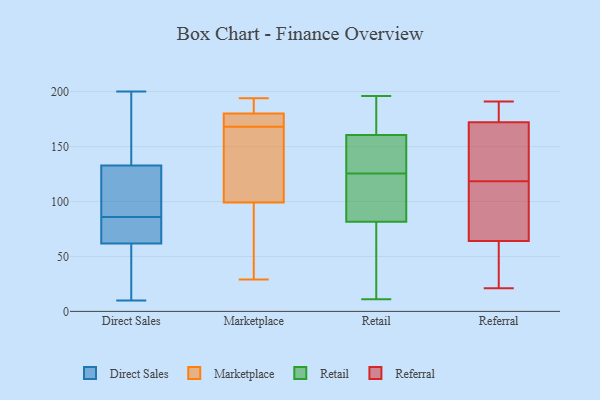
{"axis": {"x": "Shipments", "y": "Value"}, "legend": ["Direct Sales", "Marketplace", "Referral", "Retail"], "data": [{"x": "", "y": 17, "type": "Direct Sales"}, {"x": "", "y": 10, "type": "Direct Sales"}, {"x": "", "y": 76, "type": "Direct Sales"}, {"x": "", "y": 94, "type": "Direct Sales"}, {"x": "", "y": 200, "type": "Direct Sales"}, {"x": "", "y": 153, "type": "Direct Sales"}, {"x": "", "y": 123, "type": "Direct Sales"}, {"x": "", "y": 101, "type": "Direct Sales"}, {"x": "", "y": 83, "type": "Direct Sales"}, {"x": "", "y": 196, "type": "Direct Sales"}, {"x": "", "y": 57, "type": "Direct Sales"}, {"x": "", "y": 64, "type": "Direct Sales"}, {"x": "", "y": 73, "type": "Direct Sales"}, {"x": "", "y": 136, "type": "Direct Sales"}, {"x": "", "y": 61, "type": "Direct Sales"}, {"x": "", "y": 54, "type": "Direct Sales"}, {"x": "", "y": 86, "type": "Direct Sales"}, {"x": "", "y": 181, "type": "Direct Sales"}, {"x": "", "y": 105, "type": "Direct Sales"}, {"x": "", "y": 171, "type": "Marketplace"}, {"x": "", "y": 191, "type": "Marketplace"}, {"x": "", "y": 172, "type": "Marketplace"}, {"x": "", "y": 32, "type": "Marketplace"}, {"x": "", "y": 180, "type": "Marketplace"}, {"x": "", "y": 99, "type": "Marketplace"}, {"x": "", "y": 165, "type": "Marketplace"}, {"x": "", "y": 174, "type": "Marketplace"}, {"x": "", "y": 190, "type": "Marketplace"}, {"x": "", "y": 194, "type": "Marketplace"}, {"x": "", "y": 100, "type": "Marketplace"}, {"x": "", "y": 43, "type": "Marketplace"}, {"x": "", "y": 124, "type": "Marketplace"}, {"x": "", "y": 29, "type": "Marketplace"}, {"x": "", "y": 125, "type": "Retail"}, {"x": "", "y": 167, "type": "Retail"}, {"x": "", "y": 126, "type": "Retail"}, {"x": "", "y": 30, "type": "Retail"}, {"x": "", "y": 159, "type": "Retail"}, {"x": "", "y": 172, "type": "Retail"}, {"x": "", "y": 126, "type": "Retail"}, {"x": "", "y": 11, "type": "Retail"}, {"x": "", "y": 196, "type": "Retail"}, {"x": "", "y": 162, "type": "Retail"}, {"x": "", "y": 72, "type": "Retail"}, {"x": "", "y": 113, "type": "Retail"}, {"x": "", "y": 195, "type": "Retail"}, {"x": "", "y": 56, "type": "Retail"}, {"x": "", "y": 95, "type": "Retail"}, {"x": "", "y": 131, "type": "Retail"}, {"x": "", "y": 148, "type": "Retail"}, {"x": "", "y": 124, "type": "Retail"}, {"x": "", "y": 91, "type": "Retail"}, {"x": "", "y": 17, "type": "Retail"}, {"x": "", "y": 169, "type": "Referral"}, {"x": "", "y": 64, "type": "Referral"}, {"x": "", "y": 191, "type": "Referral"}, {"x": "", "y": 109, "type": "Referral"}, {"x": "", "y": 61, "type": "Referral"}, {"x": "", "y": 21, "type": "Referral"}, {"x": "", "y": 169, "type": "Referral"}, {"x": "", "y": 179, "type": "Referral"}, {"x": "", "y": 177, "type": "Referral"}, {"x": "", "y": 64, "type": "Referral"}, {"x": "", "y": 172, "type": "Referral"}, {"x": "", "y": 119, "type": "Referral"}, {"x": "", "y": 50, "type": "Referral"}, {"x": "", "y": 118, "type": "Referral"}]}